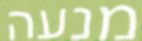
מנעה